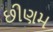
છીણમ